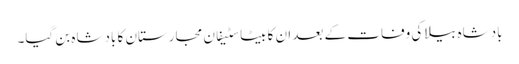
بادشاہ بیلا کی وفات کے بعد ان کا بیٹا سٹیفان مجارستان کا بادشاہ بن گیا۔